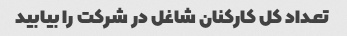
تعداد کل کارکنان شاغل در شرکت را بیابید